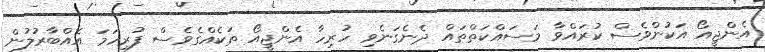
އެންޖީއޯ އަކުންވެސް ކުރައްވާ މަސައްކަތްތައް ދެނެގަނެވި ހުރިހާ އެންޖީއޯ ތަކެއްގެވެސް ފުރިހަމަ އެއްބާރުލުން